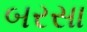
બરસા